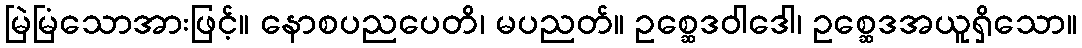
မြဲမြံသောအားဖြင့်။ နောစပညပေတိ၊ မပညတ်။ ဥစ္ဆေဒဝါဒေါ၊ ဥစ္ဆေဒအယူရှိသော။